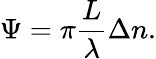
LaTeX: \Psi=\pi\frac{L}{\lambda}\Delta n.